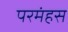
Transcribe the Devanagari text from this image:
परमंहस